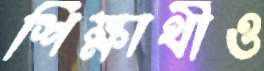
শিক্ষার্থীও